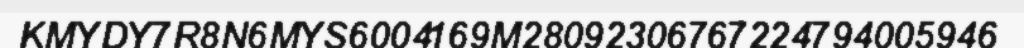
KMYDY7R8N6MYS6004169M28092306767224794005946